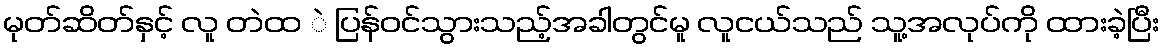
မုတ်ဆိတ်နှင့် လူ တဲထ ဲ ပြန်ဝင်သွားသည့်အခါတွင်မူ လူငယ်သည် သူ့အလုပ်ကို ထားခဲ့ပြီး